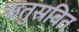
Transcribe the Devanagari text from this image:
ऋतुस्रवित